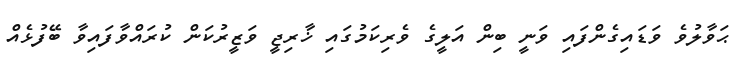
ޙަވާލުވެ ވަޑައިގެންފައި ވަނީ ބިން އަލީގެ ވެރިކަމުގައި ޚާރިޖީ ވަޒީރުކަން ކުރައްވާފައިވާ ބޭފުޅެއް